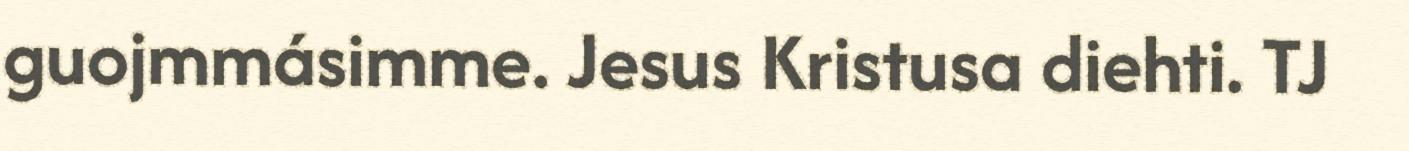
guojmmásimme. Jesus Kristusa diehti. TJ